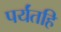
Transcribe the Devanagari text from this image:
पर्यंतहि